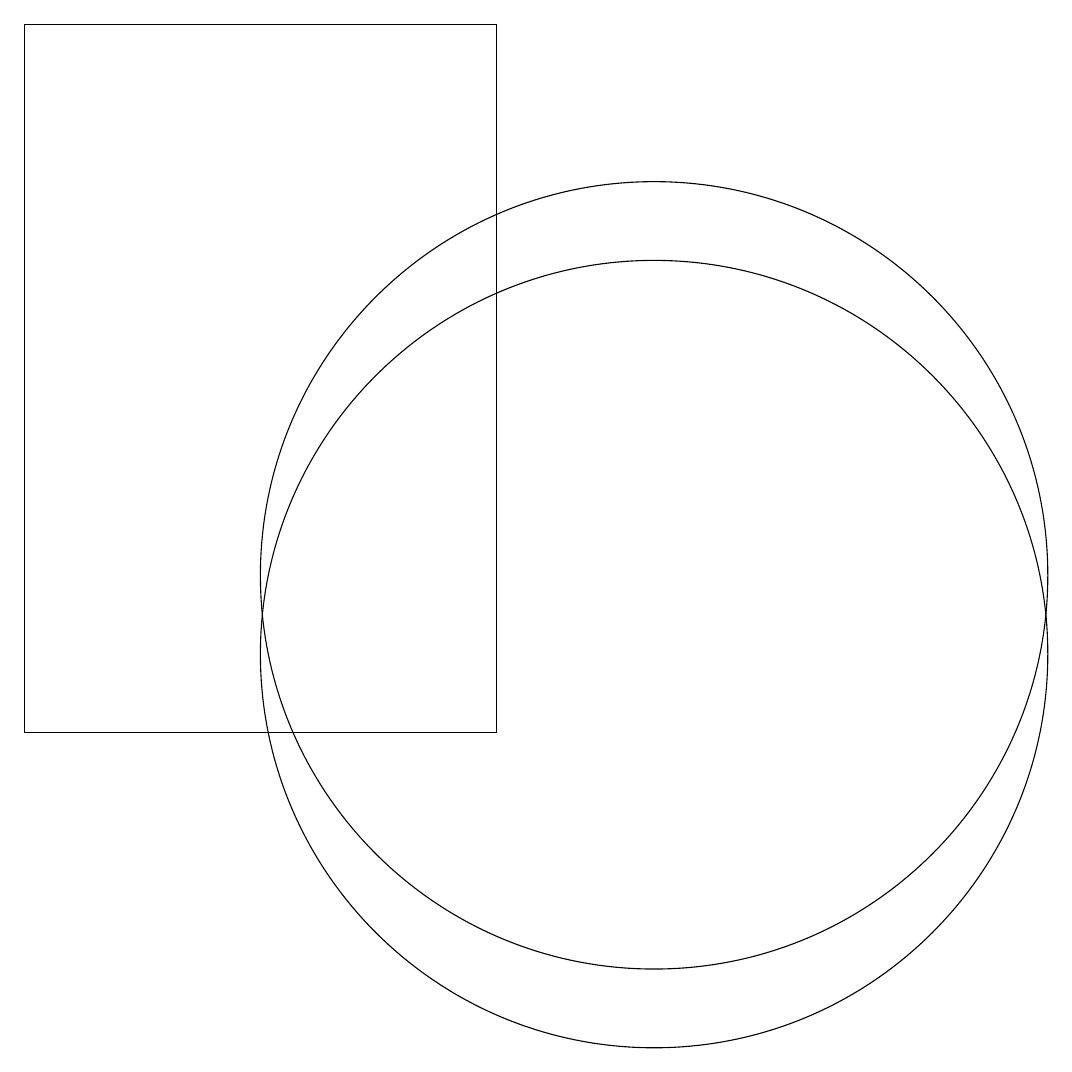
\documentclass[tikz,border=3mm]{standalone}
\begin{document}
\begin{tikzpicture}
\draw (10,12) circle (5);
\draw (10,11) circle (5);
\draw (8,10) rectangle (2,19);
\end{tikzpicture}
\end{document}